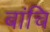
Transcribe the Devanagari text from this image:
बांचि